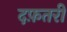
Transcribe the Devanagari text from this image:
दफ़तरी